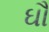
ઘૌ